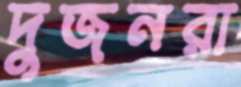
দুজনরা